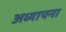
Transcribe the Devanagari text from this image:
अध्यापना